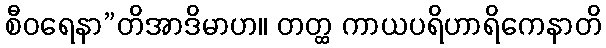
စီဝရေနာ”တိအာဒိမာဟ။ တတ္ထ ကာယပရိဟာရိကေနာတိ